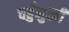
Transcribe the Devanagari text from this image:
चहुँमुखी